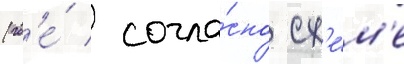
(гд'е́ / согла́сно сх'е́м'е